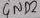
Text: 4ND2